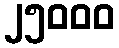
၂၅၀၀၀